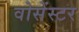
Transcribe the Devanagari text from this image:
वोसेंस्टर